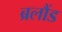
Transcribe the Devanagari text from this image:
ब्रलौंड